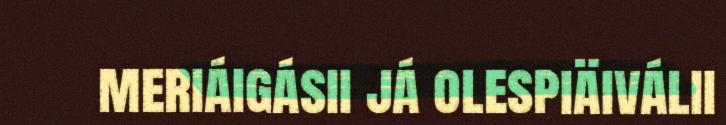
meriáigásii já olespiäiválii